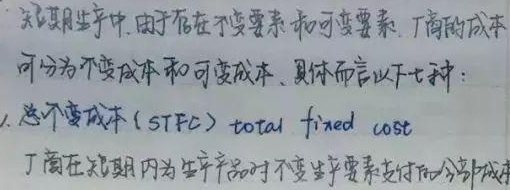
短期生产中，由于存在不变要素和可变要素，厂商的成本可分为不变成本和可变成本。具体而言以下七种：
1. 总不变成本（$STFC$）（$total\ fixed\ cost$）：厂商在短期内为生产产品对不变生产要素支付的那部分成本